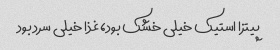
پیتزا استیک خیلی خشک بود، غذا خیلی سرد بود